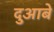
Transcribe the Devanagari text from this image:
दुआबे